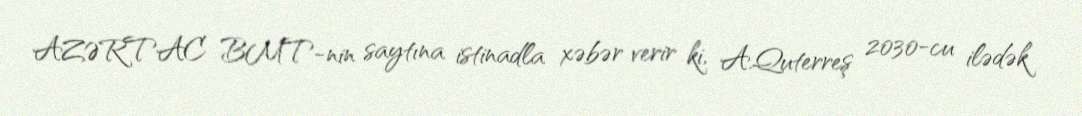
AZƏRTAC BMT-nin saytına istinadla xəbər verir ki, A.Quterreş 2030-cu ilədək